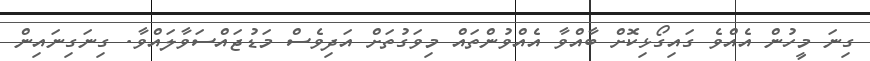
ގިނަ މީހުން އެއްވެ ގައިގޯޅިކޮށް ބާއްވާ އެއްވުންތައް މިވަގުތަށް އަދިވެސް މަޑުޖައްސަވާލައްވާ. ގިނަގިނައިން